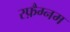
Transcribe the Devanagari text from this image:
स्फ़ैग्नम